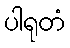
ပါရုတံ